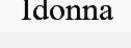
Idonna